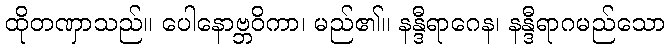
ထိုတဏှာသည်။ ပေါနောဗ္ဘဝိကာ၊ မည်၏။ နန္ဒီရာဂေန၊ နန္ဒီရာဂမည်သော